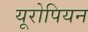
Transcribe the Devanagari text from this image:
यूरोपियन